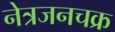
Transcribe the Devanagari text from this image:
नेत्रजनचक्र